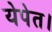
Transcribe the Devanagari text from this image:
येपेत।